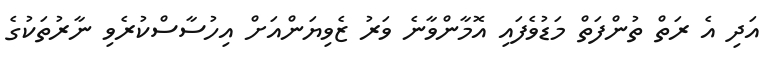
އަދި އެ ރަތް ތުންފަތް މަޑުވެފައި އޮމާންވާނެ ވަރު ޒެވިޔަންއަށް އިހުސާސްކުރެވި ނާރުތަކުގެ